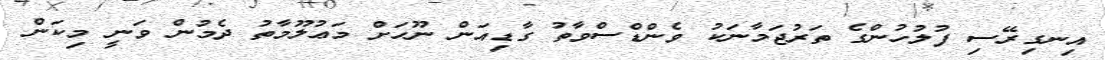
އިނގިރޭސި ފުލުހުންގެ ތަރުޖަމާނަކު ވެންޑްސްވާތު ގާޑިއަން ނޫހަށް މަޢުލޫމާތު ދެމުން ވަނީ މިކަން